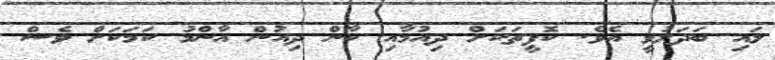
ލައި ބަދަލުވީ އެވެ. ކޮފީތަކަށް ދިއުމާއި ކާން ދިއުން އާންމު ކަމަކަށް ވެސް